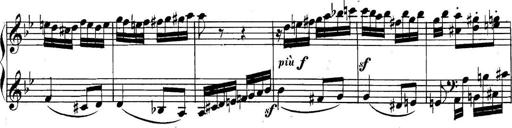
Title: Collected Piano Sonatas
Composer: Muzio Clementi